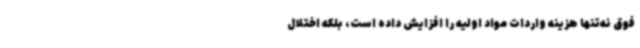
فوق نه‌تنها هزینه واردات مواد اولیه را افزایش داده است، بلکه اختلال